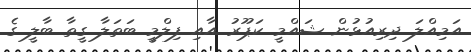
އަމިއްލަ ދިރިއުޅުން ޝައްމީ ކަޕޫރު އާއި ފިލްމީ ބަތަލާ ގީތާ ބާލީ ގެ